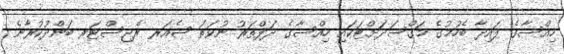
ހިއްސާގެ ފައިދާ ބެހުމުގެ މަޤްސަދަށްޓަކައި ހިއްސާގެ ދަފްތަރު ނުވަތަ ޝެއަރ ރެޖިސްޓަރ ބަންދުކުރާނެ